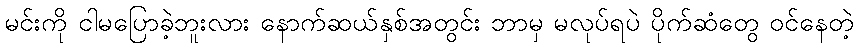
မင်းကို ငါမပြောခဲ့ဘူးလား နောက်ဆယ်နှစ်အတွင်း ဘာမှ မလုပ်ရပဲ ပိုက်ဆံတွေ ဝင်နေတဲ့